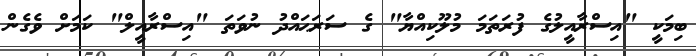
ބިމަކީ "އިސްރާއީލުގެ ފުރަތަމަ މުލޫކިއްޔާ" ގެ ސަރަޙައްދު ނުވަތަ "އިސްރާއީލް" ކަމަށް ވެގެން